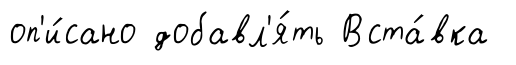
оп'и́сано добавл'я́ть Вста́вка